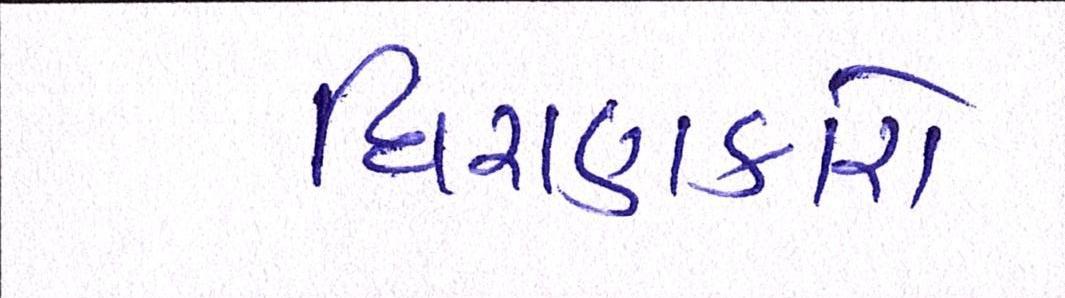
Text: ધિરાણકારો